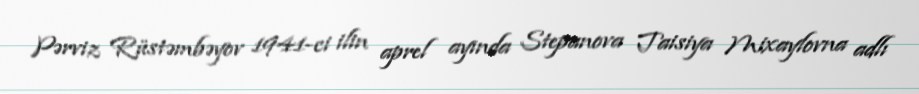
Pərviz Rüstəmbəyov 1941-ci ilin aprel ayında Stepanova Taisiya Mixaylovna adlı